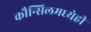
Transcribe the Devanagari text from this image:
कौन्सिलमध्येही